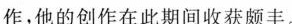
作，他的创作在此期间收获颇丰。